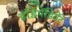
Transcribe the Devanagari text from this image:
इंडिपेंडियेंट